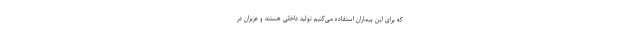
که برای این بیماران استفاده می‌کنیم تولید داخلی هستند و عزیزان در